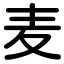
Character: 麦